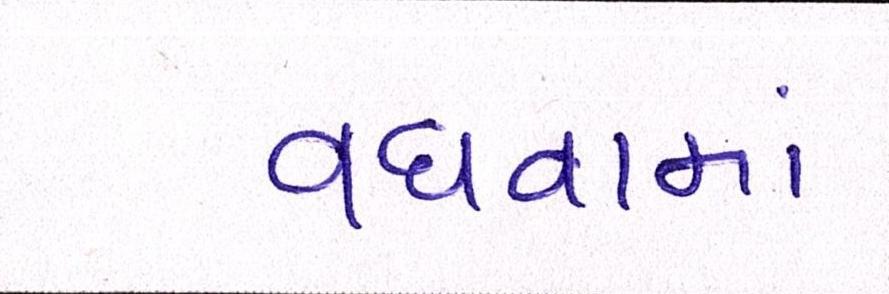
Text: વધવામાં